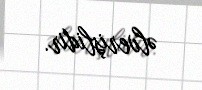
əlverişlidir.